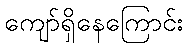
ကျော်ရှိနေကြောင်း